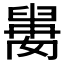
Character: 𱼰